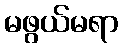
မဖွယ်မရာ